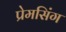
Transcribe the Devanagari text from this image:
प्रेमसिंग